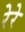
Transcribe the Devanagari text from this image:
रेरे